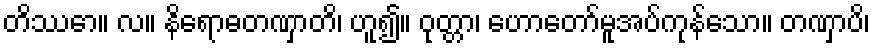
တိဿော။ လ။ နိရောဓတဏှာတိ၊ ဟူ၍။ ဝုတ္တာ၊ ဟောတော်မူအပ်ကုန်သော။ တဏှာပိ၊